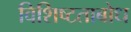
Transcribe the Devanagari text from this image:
विशिष्टताबोध